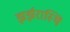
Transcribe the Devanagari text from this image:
झर्झरास्थि